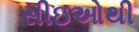
સીઇઓથી